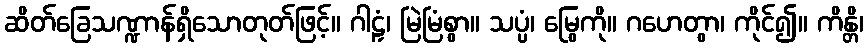
ဆိတ်ခြေသဏ္ဍာန်ရှိသောတုတ်ဖြင့်။ ဂါဠှံ၊ မြဲမြံစွာ။ သပ္ပံ၊ မြွေကို။ ဂဟေတွာ၊ ကိုင်၍။ ကိန္တိ၊